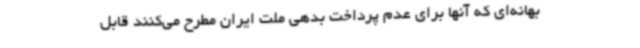
بهانه‌ای که آنها برای عدم پرداخت بدهی ملت ایران مطرح می‌کنند قابل